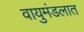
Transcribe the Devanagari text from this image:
वायुमंडलात